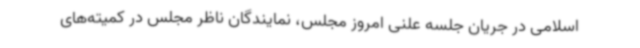
اسلامی در جریان جلسه علنی امروز مجلس، نمایندگان ناظر مجلس در کمیته‌های